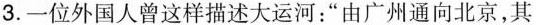
3. 一位外国人曾这样描述大运河：” 由广州通向北京，其